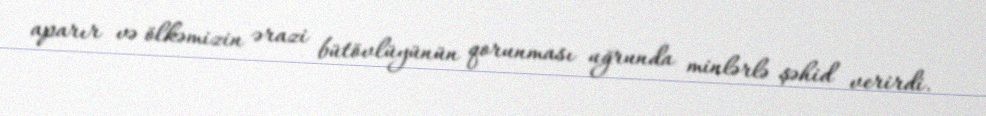
aparır və ölkəmizin ərazi bütövlüyünün qorunması uğrunda minlərlə şəhid verirdi.